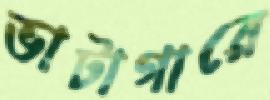
ভাটাগারে